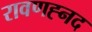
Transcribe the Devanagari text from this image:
रावणह्नद